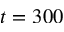
t = 3 0 0